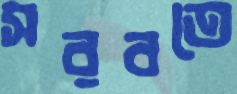
সরবতে